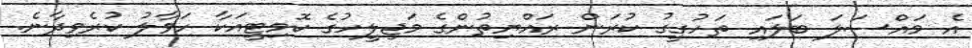
އެ މައްސަލަ ބަލައި ތަހުގީގު ކުރަން ރައްޔިތުންގެ މަޖިލީހުގެ ކޮމިޓީއަކާ ހަވާލު ކުރެވިދާނެ.